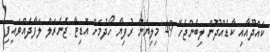
ކައްދޫއާއި ކާޑެއްދޫން ލިބެންޖެހޭ 49 މިލިޔަން ރުފިޔާ ހޯދުމަށް އޮޑިޓާ ޖެނެރަލް ލަފާދެއްވައިފި